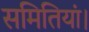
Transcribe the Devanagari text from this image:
समितियां।